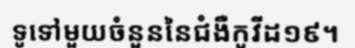
ទូទៅមួយចំនួននៃជំងឺកូវីដ១៩។